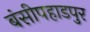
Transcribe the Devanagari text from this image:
बंसीपहाडपुर